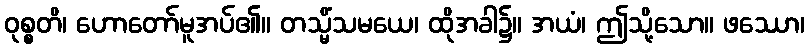
ဝုစ္စတိ၊ ဟောတော်မူအပ်၏။ တသ္မိံသမယေ၊ ထိုအခါ၌။ အယံ၊ ဤသို့သော။ ဖဿော၊